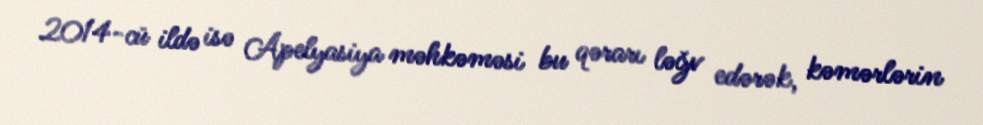
2014-cü ildə isə Apelyasiya məhkəməsi bu qərarı ləğv edərək, kəmərlərin